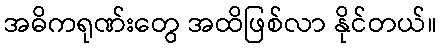
အဓိကရုဏ်းတွေ အထိဖြစ်လာ နိုင်တယ်။